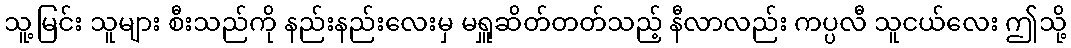
သူ့မြင်း သူများ စီးသည်ကို နည်းနည်းလေးမှ မရှူဆိတ်တတ်သည့် နီလာလည်း ကပ္ပလီ သူငယ်လေး ဤသို့